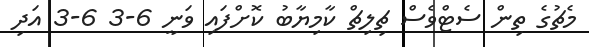
މެޗުގެ ތިން ސެޓްވެސް ޗިލިޗް ކާމިޔާބު ކޮށްފައި ވަނީ 6-3 6-3 އަދި